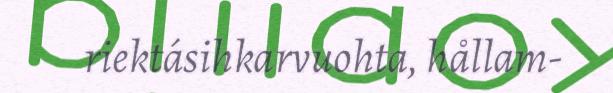
riektásihkarvuohta, hållam‐